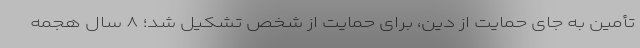
تأمین به جای حمایت از دین، برای حمایت از شخص تشکیل شد؛ ۸ سال هجمه